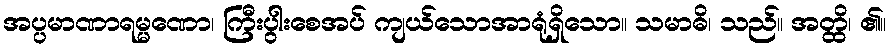
အပ္ပမာဏာရမ္မဏော၊ ကြီးပွါးစေအပ် ကျယ်သောအာရုံရှိသော။ သမာဓိ၊ သည်။ အတ္ထိ၊ ၏။